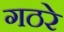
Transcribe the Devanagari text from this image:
गठरे